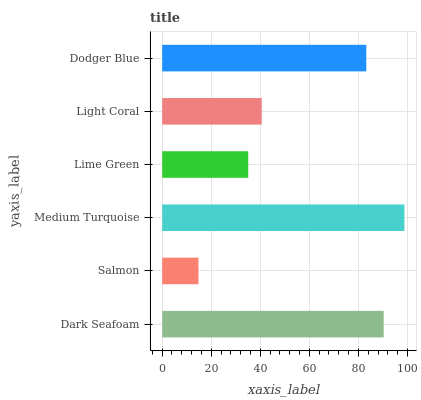
| yaxis_label | bars |
 | --- | --- |
 | Dark Seafoam | 90.3 |
 | Salmon | 14.8 |
 | Medium Turquoise | 98.8 |
 | Lime Green | 35.1 |
 | Light Coral | 40.6 |
 | Dodger Blue | 83.2 |